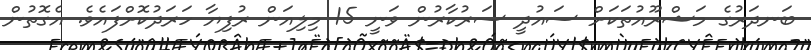
ބަނދަރުގެ މަޝްރޫއުތަކަށް ސައުދީ ސަރުކާރުން ވަނީ 15 މިލިއަން ރުފިޔާ ހަރަދުކޮށްފައެވެ. އެގޮތުން